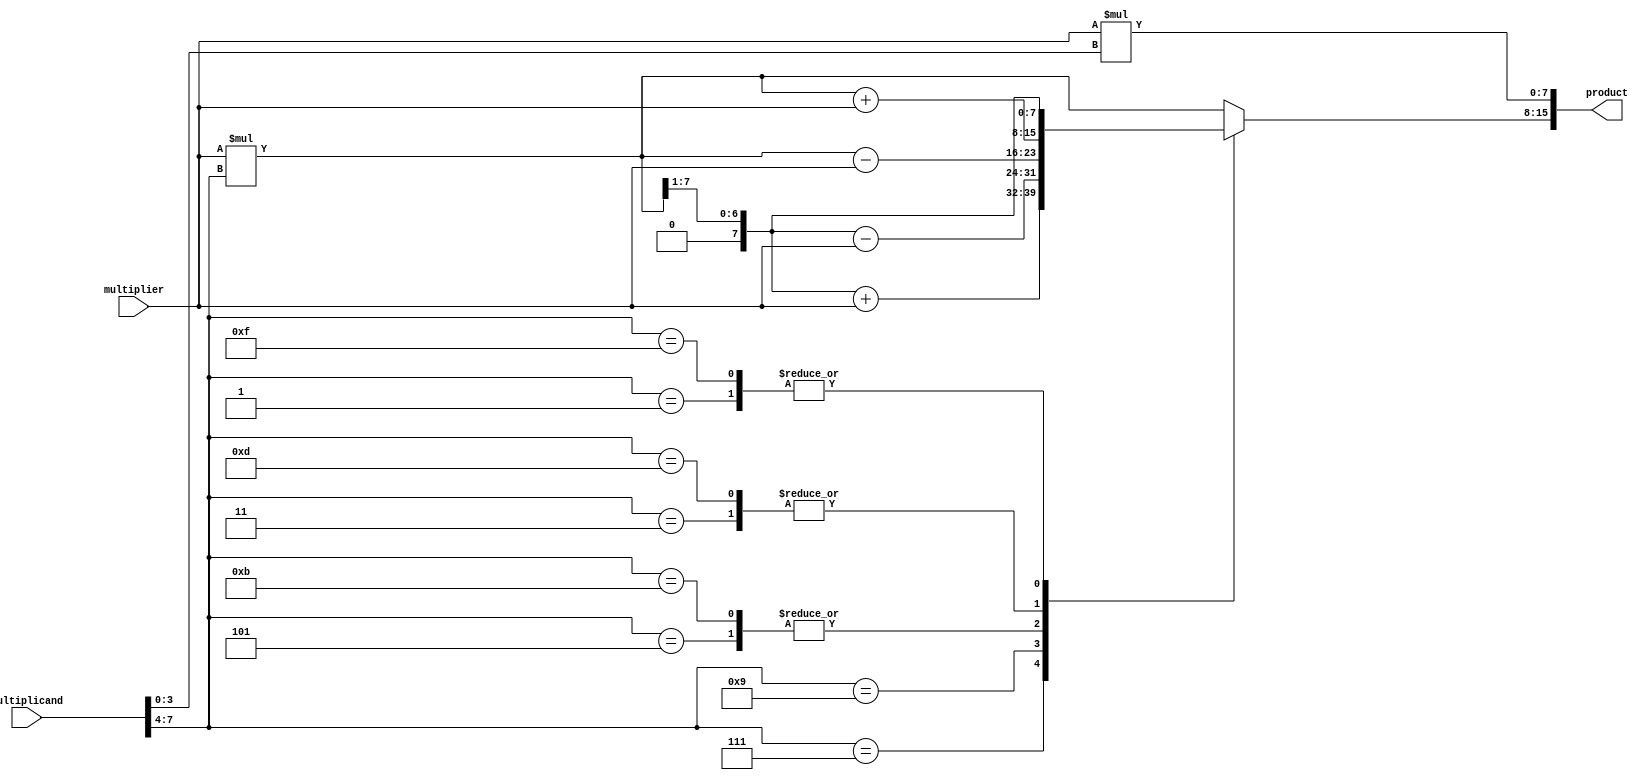
module booth_multiplier(
  input wire signed [7:0] multiplier,
  input wire signed [7:0] multiplicand,
  output reg signed [15:0] product
);

reg signed [7:0] partial_product_1;
reg signed [7:0] partial_product_2;

always @* begin
  partial_product_1 = multiplier * multiplicand[3:0];
  partial_product_2 = multiplier * multiplicand[7:4];
  
  // Booth Encoding
  case(multiplicand[7:4])
    4'b0001: begin
      partial_product_2 = partial_product_2 >> 1;
    end
    4'b0011: begin
      partial_product_2 = partial_product_2 + multiplier;
    end
    4'b0101: begin
      partial_product_2 = partial_product_2 - multiplier;
    end
    4'b0111: begin
      partial_product_2 = partial_product_2 >> 1;
      partial_product_2 = partial_product_2 + multiplier;
    end
    4'b1001: begin
      partial_product_2 = partial_product_2 >> 1;
      partial_product_2 = partial_product_2 - multiplier;
    end
    4'b1011: begin
      partial_product_2 = partial_product_2 - multiplier;
    end
    4'b1101: begin
      partial_product_2 = partial_product_2 + multiplier;
    end
    4'b1111: begin
      partial_product_2 = partial_product_2 >> 1;
    end
  endcase
end

assign product = {partial_product_2, partial_product_1};

endmodule